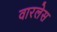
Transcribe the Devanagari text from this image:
वारलेस